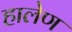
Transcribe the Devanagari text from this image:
हालेण